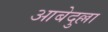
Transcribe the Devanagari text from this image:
आबेदुल्ला